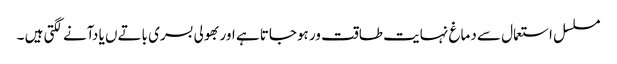
مسلسل استعمال سے دماغ نہایت طاقت ور ہوجاتا ہے اور بھولی بسری باتےں یا دآنے لگتی ہیں ۔